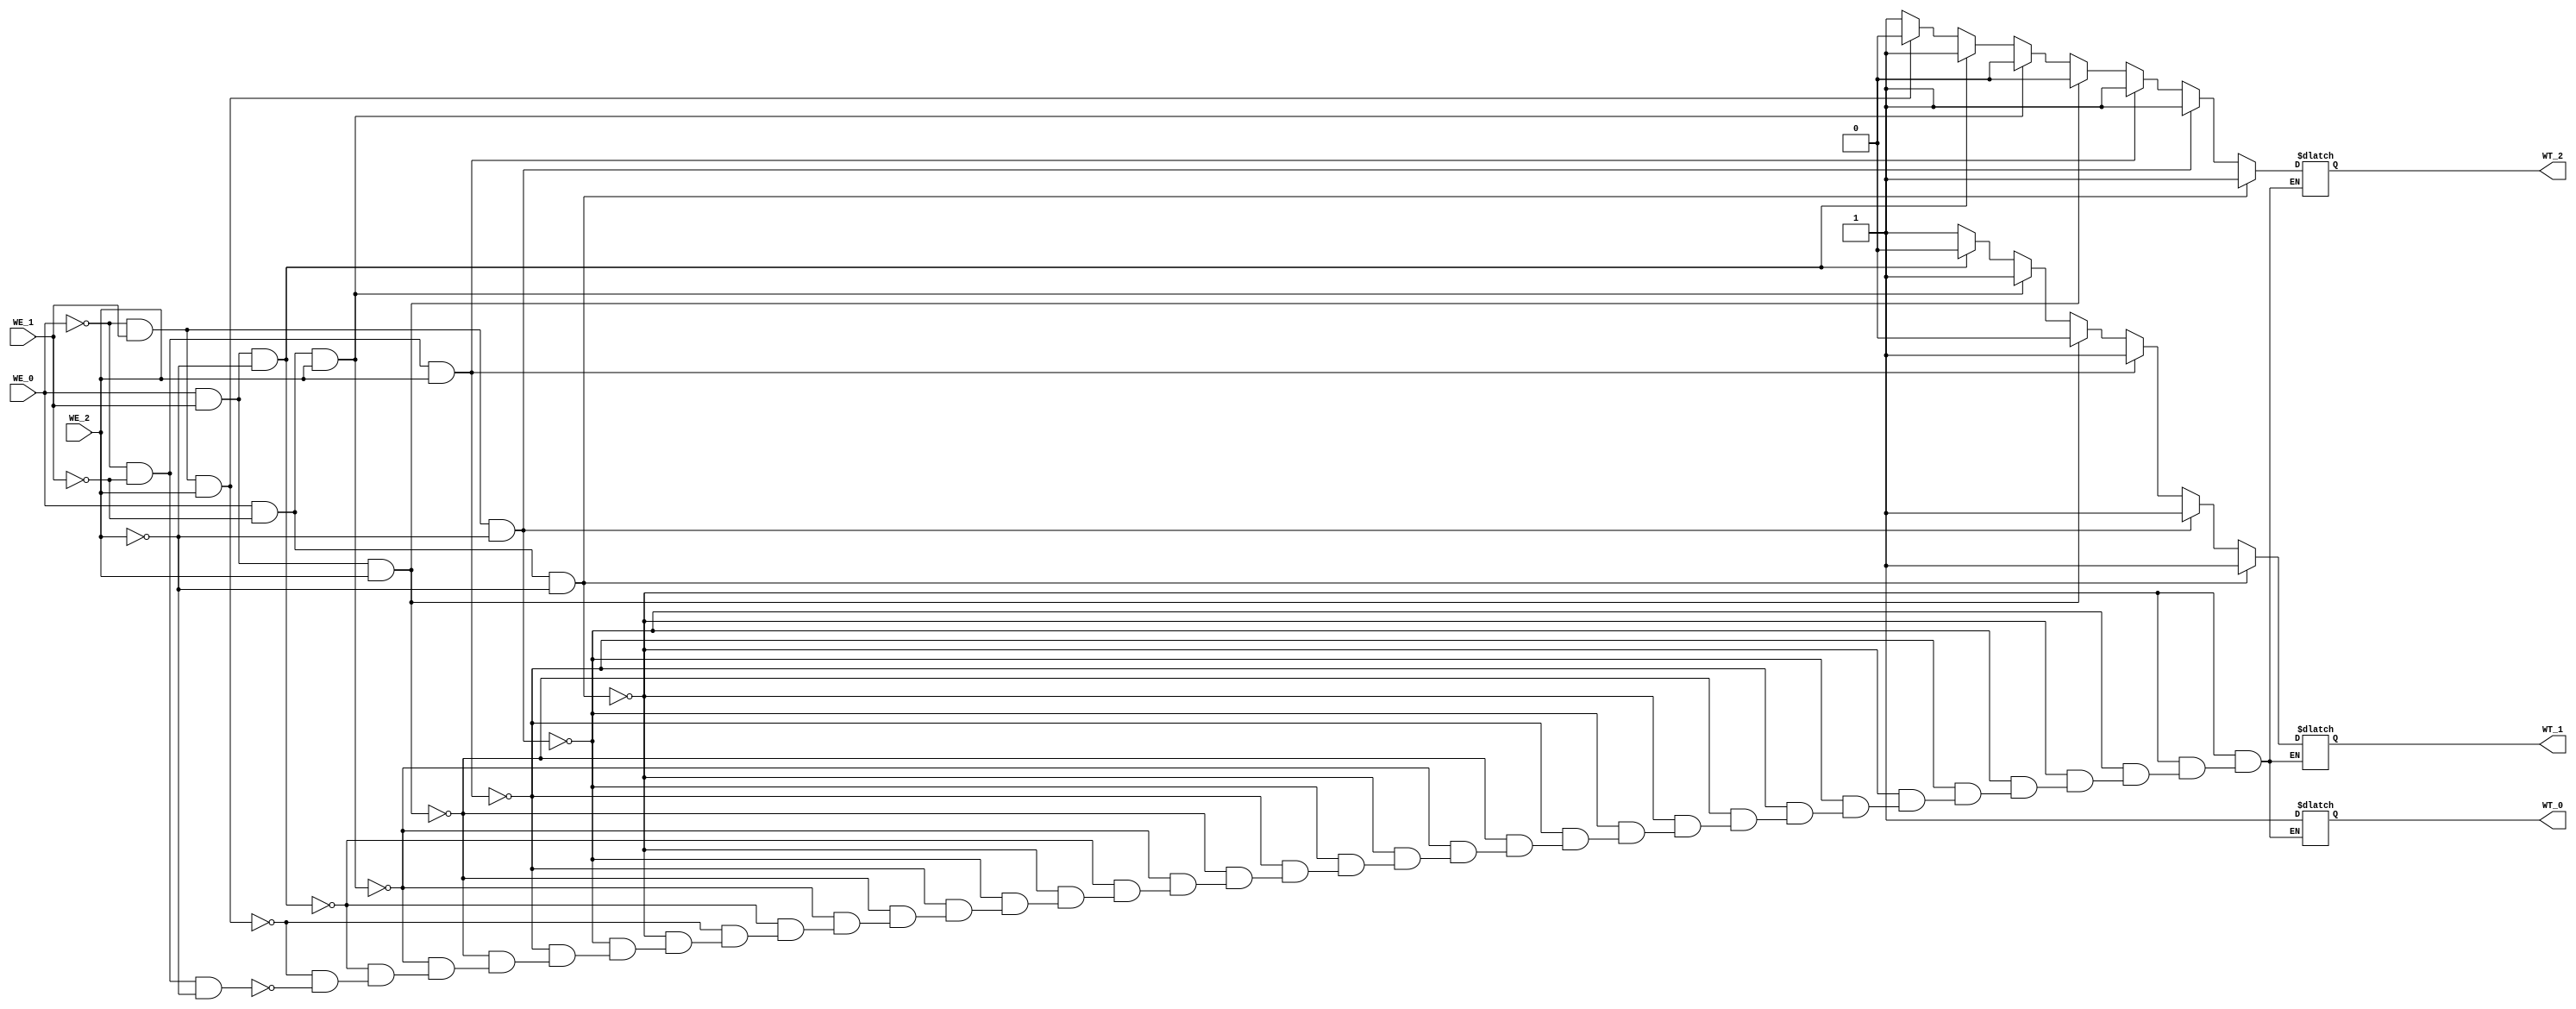
module Arbiter_3(
	WE_0, WE_1, WE_2,
	WT_0, WT_1, WT_2
	);


input WE_0;
input WE_1;
input WE_2;
output reg WT_0;
output reg WT_1;
output reg WT_2;
	

always @(*) begin

	if((WE_0 == 1'b1) && (WE_1 == 1'b0) && (WE_2 == 1'b0)) begin
		WT_0 = 1'b1;
		WT_1 = 1'b1;
		WT_2 = 1'b1;
	end
	else if((WE_0 == 1'b0) && (WE_1 == 1'b1) && (WE_2 == 1'b0)) begin
		WT_0 = 1'b1;
		WT_1 = 1'b1;
		WT_2 = 1'b1;
	end
	else if((WE_0 == 1'b0) && (WE_1 == 1'b0) && (WE_2 == 1'b1)) begin
		WT_0 = 1'b1;
		WT_1 = 1'b1;
		WT_2 = 1'b1;
	end
	else if((WE_0 == 1'b1) && (WE_1 == 1'b1) && (WE_2 == 1'b1)) begin
		WT_0 = 1'b1;
		WT_1 = 1'b0;
		WT_2 = 1'b0;
	end
	else if((WE_0 == 1'b1) && (WE_1 == 1'b0) && (WE_2 == 1'b1)) begin
		WT_0 = 1'b1;
		WT_1 = 1'b1;
		WT_2 = 1'b0;
	end
	else if((WE_0 == 1'b1) && (WE_1 == 1'b1) && (WE_2 == 1'b0)) begin
		WT_0 = 1'b1;
		WT_1 = 1'b0;
		WT_2 = 1'b1;
	end
	else if((WE_0 == 1'b0) && (WE_1 == 1'b1) && (WE_2 == 1'b1)) begin
		WT_0 = 1'b1;
		WT_1 = 1'b1;
		WT_2 = 1'b0;
	end
	else if((WE_0 == 1'b0) && (WE_1 == 1'b0) && (WE_2 == 1'b0)) begin
		WT_0 = 1'b1;
		WT_1 = 1'b1;
		WT_2 = 1'b1;
	end

end

endmodule